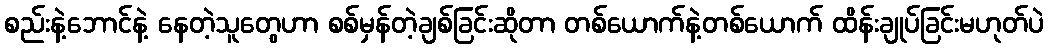
စည်းနဲ့ဘောင်နဲ့ နေတဲ့သူတွေဟာ စစ်မှန်တဲ့ချစ်ခြင်းဆိုတာ တစ်ယောက်နဲ့တစ်ယောက် ထိန်းချုပ်ခြင်းမဟုတ်ပဲ